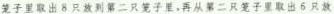
笼子里取出8只放到第二只笼子里，再从第二只笼子里取出6只放